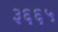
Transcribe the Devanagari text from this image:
३६६५